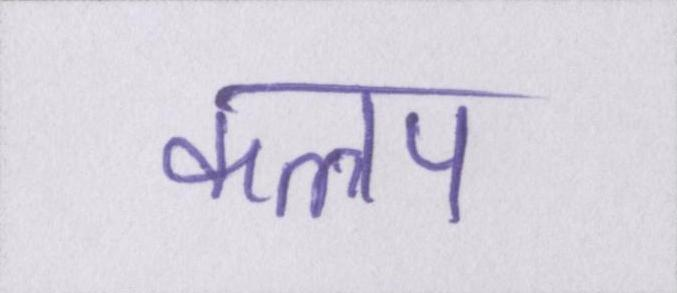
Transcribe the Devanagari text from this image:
कलप